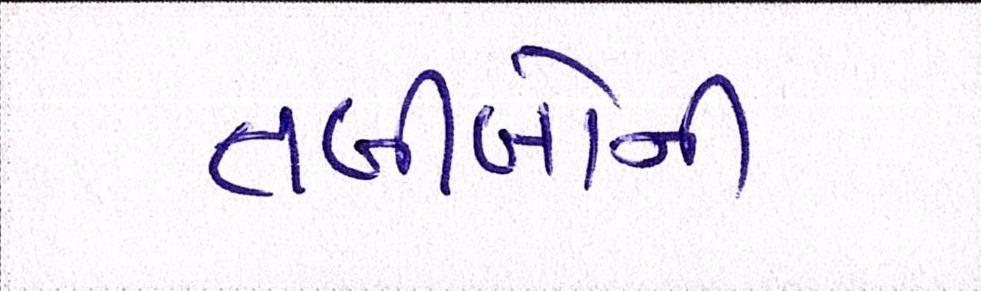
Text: તબીબોની